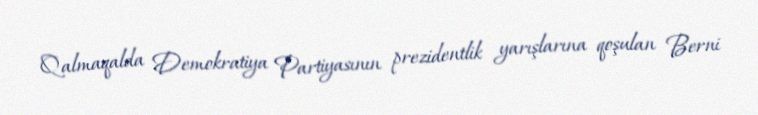
Qalmaqalda Demokratiya Partiyasının prezidentlik yarışlarına qoşulan Berni